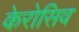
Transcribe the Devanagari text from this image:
केरोसिव